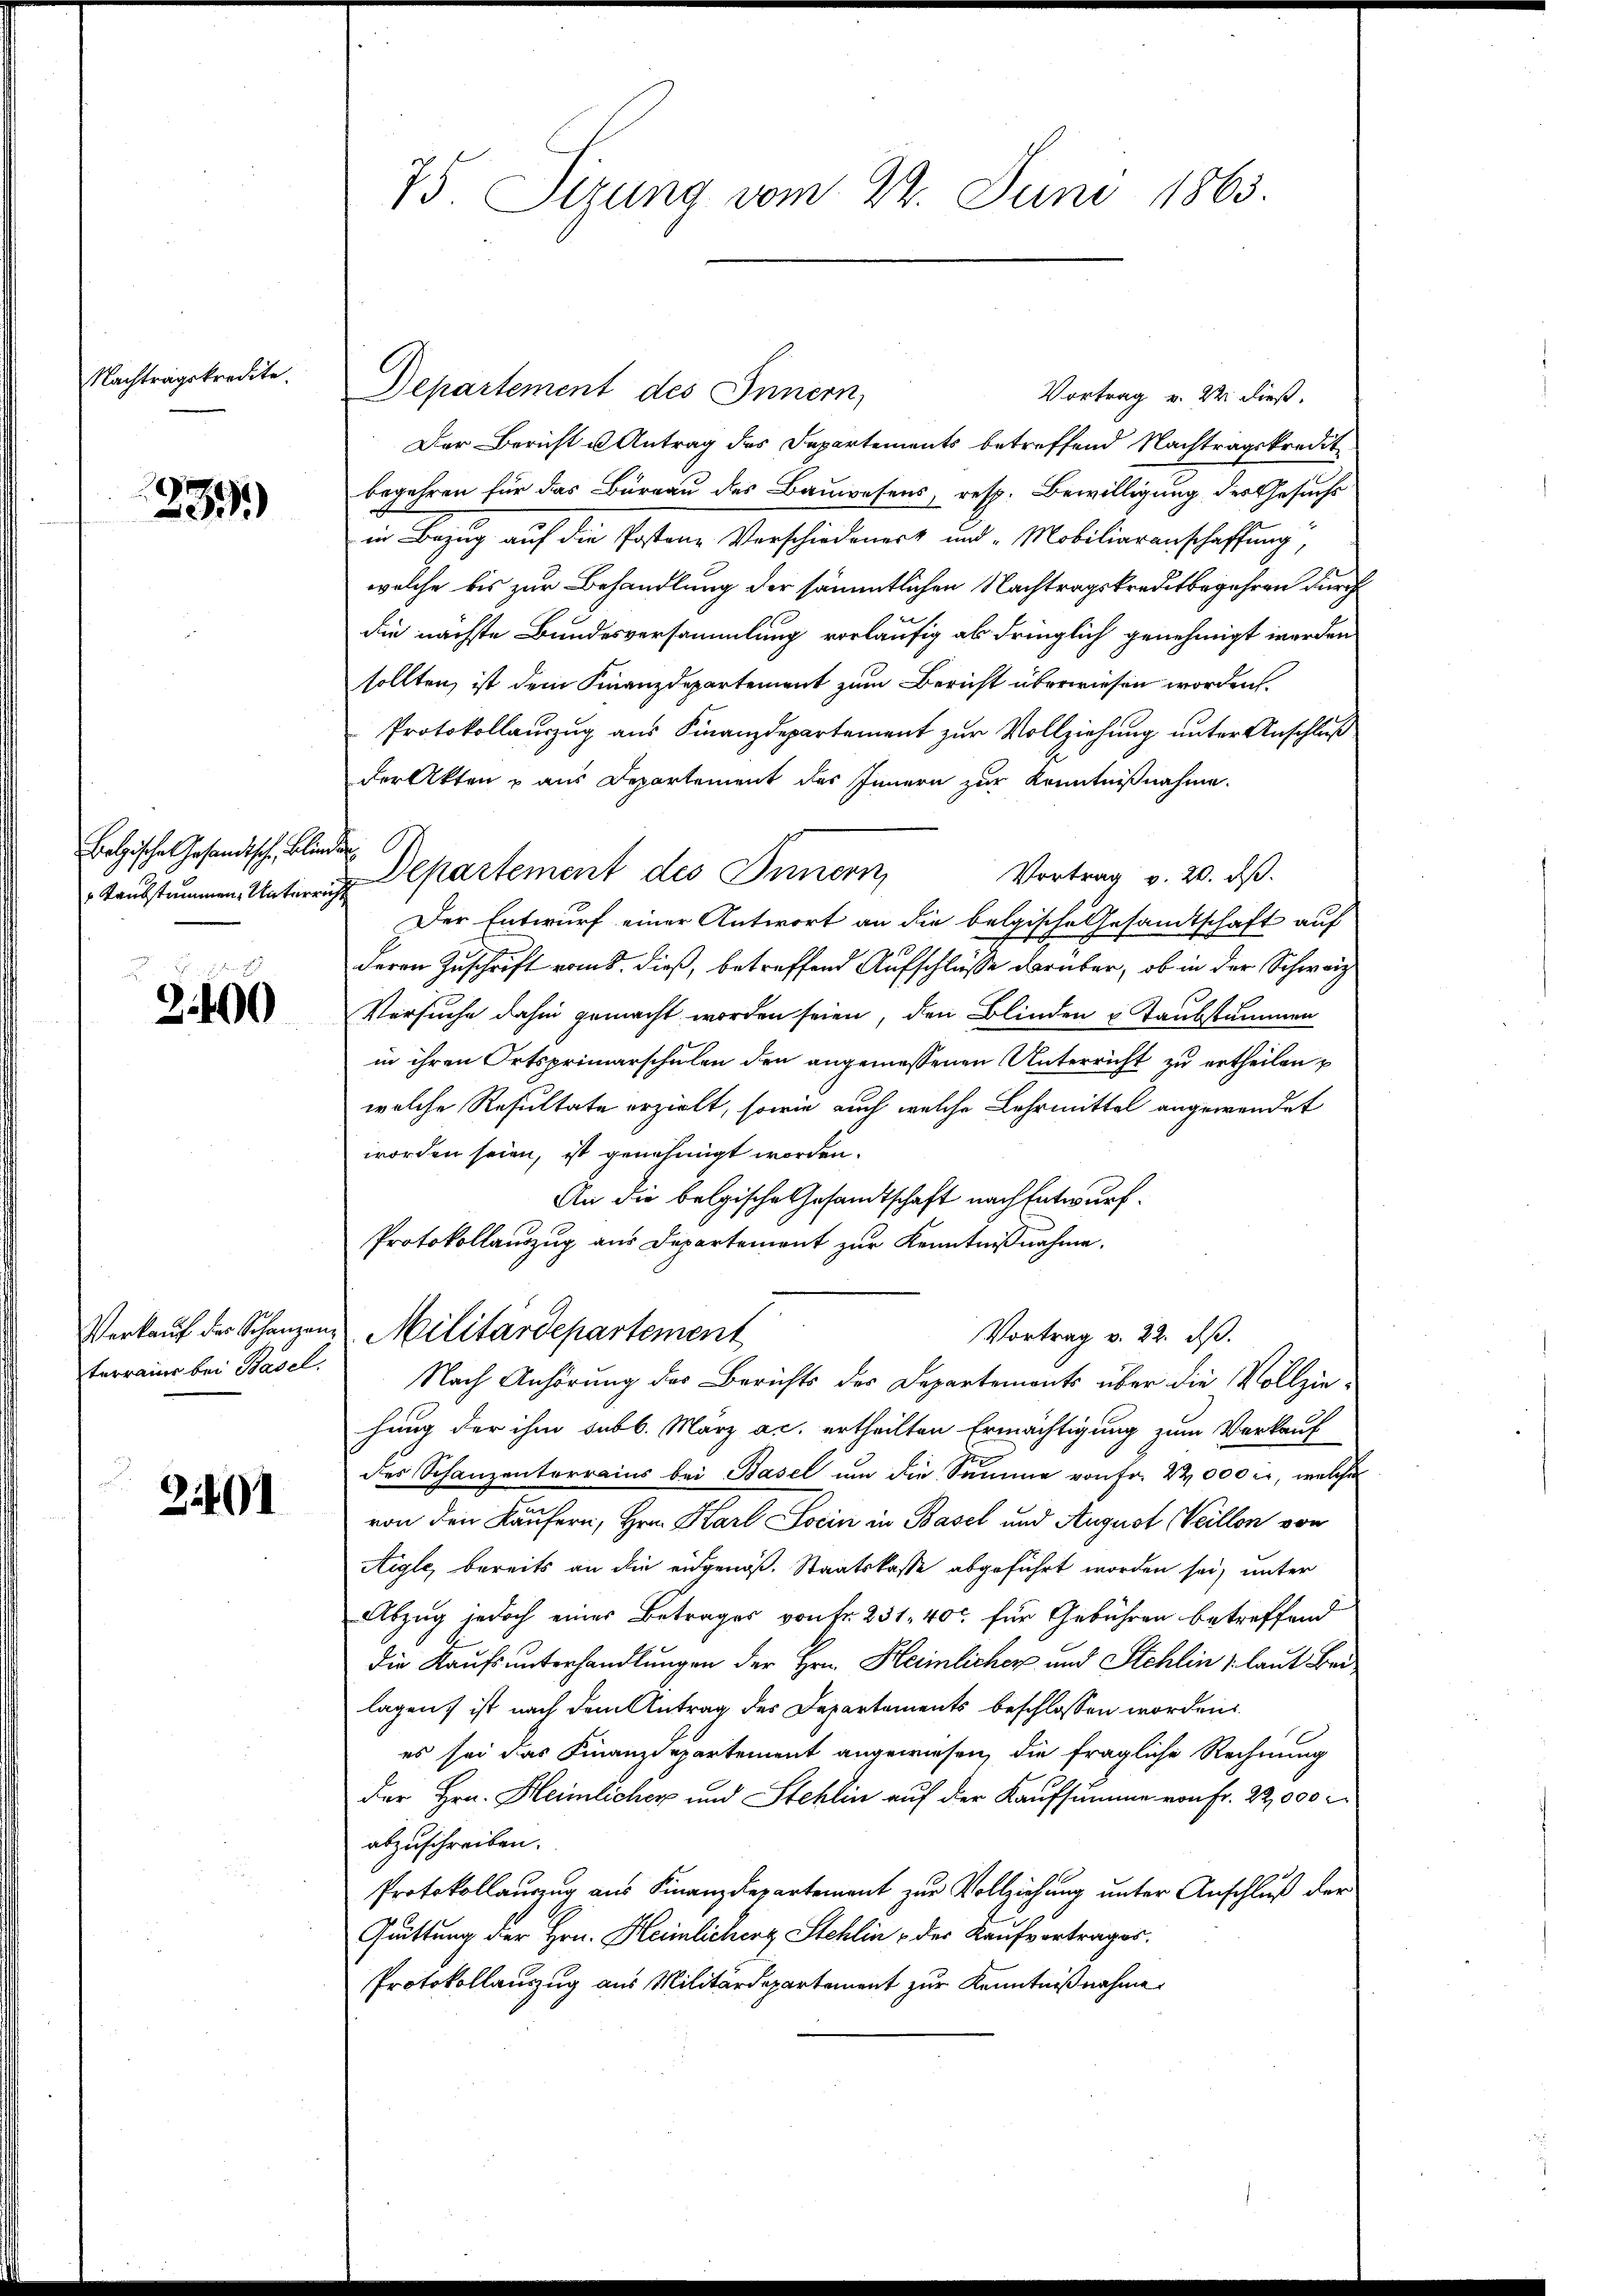
Nachtragskredite.

33)

Belgische Gesandtsch, Blinde

3.490

Departement des Innern,
Vortrag v. 22 dieß.
Der Bericht u Antrag des Departements betreffend Nachtragskredit
begehren für das Büreau des Bauwesens, resp. Bewilligung des Gesuchs
in Bezug auf die Postene Vorschiedenert und Mobiliarenschaffung,
welche bis zur Behandlung der sämmtlichen Nachtragskreditbegehren durch
die nächste Bundesversammlung vorläufig als dringlich genehmigt werden
sollten, ist dem Finanzdepartement zum Bericht überwiesen worden.
Protokollauszug aus Finanzdepartement zur Vollziehung unter Anschluß
der Akten & aus Departement des Innern zur Kenntnißnahme.
Vortrag v. 20. ds.
Taubstimmen Unterrich Departement des Innern,
Der Entwurf einer Antwort an die belgische Gesandtschaft auf
deren Zuschrift vom 8. dieß, betreffend Aufschlüsse darüber, ob in der Schweiz
Versuche dahin gemacht worden seien, den Blinden u. Taubstummen
in ihren Ortsprimarschulen den angemessenen Unterricht zu ertheilen
welche Resultate erzielt, sowie auch welche Lehrmittel angewendet
worden seien, ist genehmigt worden.
An die belgische Gesamtschaft nach Entwurf.
Protokollauszug aus Departement zur Kenntnißnahme.
Verkauf der Schanzen Militärdepartement
Vortrag v. 22. ds.
Nach Anhörung des Berichts des Departements über die Vollziehung der ihm subb. März ac. ertheilten Ermächtigung zum Verkauf
des Schanzenterrains bei Basel um die Summe von Fr. 22000 c, welche
von den Käufern, Hrn. Karl Socin in Basel und August Weillon von
Aigle, bereits an die eidgenöß. Staatskasse abgeführt worden sei, unter
Abzug jedoch einer Betrages von Fr. 231, 40 für Gebühren betreffend
die Kaufsunterhandlungen der Hrn. Heimlicher und Stehlin (laut Beilagen, ist nach dem Antrag des Departements beschlossen worden.
es sei das Finanzdepartement angewiesen, die fragliche Rechnung
der Hrn. Heimlicher und Stehlin auf der Kaufsumme von Fr. 22,000 M
abzuschreiben.
Protokollauszug aus Finanzdepartement zur Vollziehung unter Anschluß der
Guittung der Hrn. Heimlicher Stehlin & der Kaufvertrages.
Protokollauszug aus Militärdepartement zur Kenntnißnahme

terrain bei Basel.

241

75 Sirung vom 22. Juni 1865.